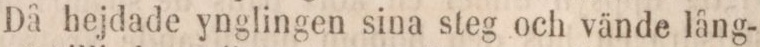
Då hejdade ynglingen sina steg och vände lång-